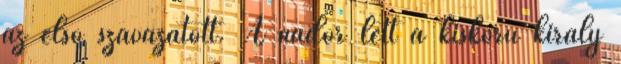
az első szavazatott. A nádor lett a kiskorú király